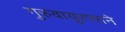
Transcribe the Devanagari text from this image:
गुरुवायुरप्पाने